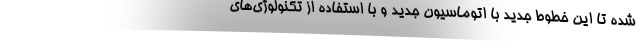
شده تا این خطوط جدید با اتوماسیون جدید و با استفاده از تکنولوژی‌های